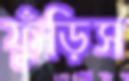
ফুঁড়িস